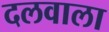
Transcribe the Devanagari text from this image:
दलवाला